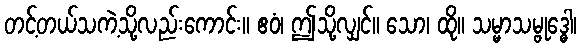
တင့်တယ်သကဲ့သို့လည်းကောင်း။ ဧဝံ၊ ဤသို့လျှင်။ သော၊ ထို။ သမ္မာသမ္ဗုဒ္ဓေါ၊